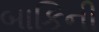
બાકિની